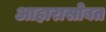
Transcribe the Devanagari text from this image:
आहारासोबत